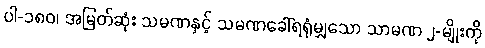
ပါ-၁၈၀၊ အမြတ်ဆုံး သမဏနှင့် သမဏခေါ်ရရုံမျှသော သာမဏ ၂-မျိုးကို